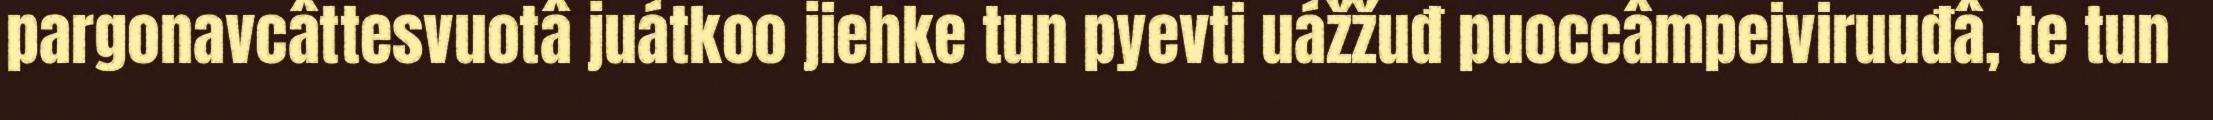
pargonavcâttesvuotâ juátkoo jiehke tun pyevti uážžuđ puoccâmpeiviruuđâ, te tun